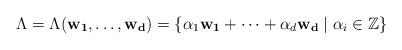
LaTeX: \begin{align*}\Lambda = \Lambda(\mathbf{w_1}, \dots, \mathbf{w_d}) =\{ \alpha_1 \mathbf{w_1} + \dots + \alpha_d \mathbf{w_d} \mid \alpha_i \in \mathbb{Z} \}\end{align*}